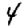
Digit: 4